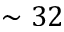
\sim 3 2